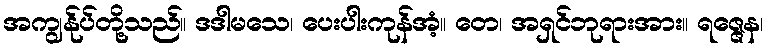
အကျွန်ုပ်တို့သည်။ ဒဒါမသေ၊ ပေးပါးကုန်အံ့။ တေ၊ အရှင်ဘုရားအား။ ရဇ္ဇေန၊